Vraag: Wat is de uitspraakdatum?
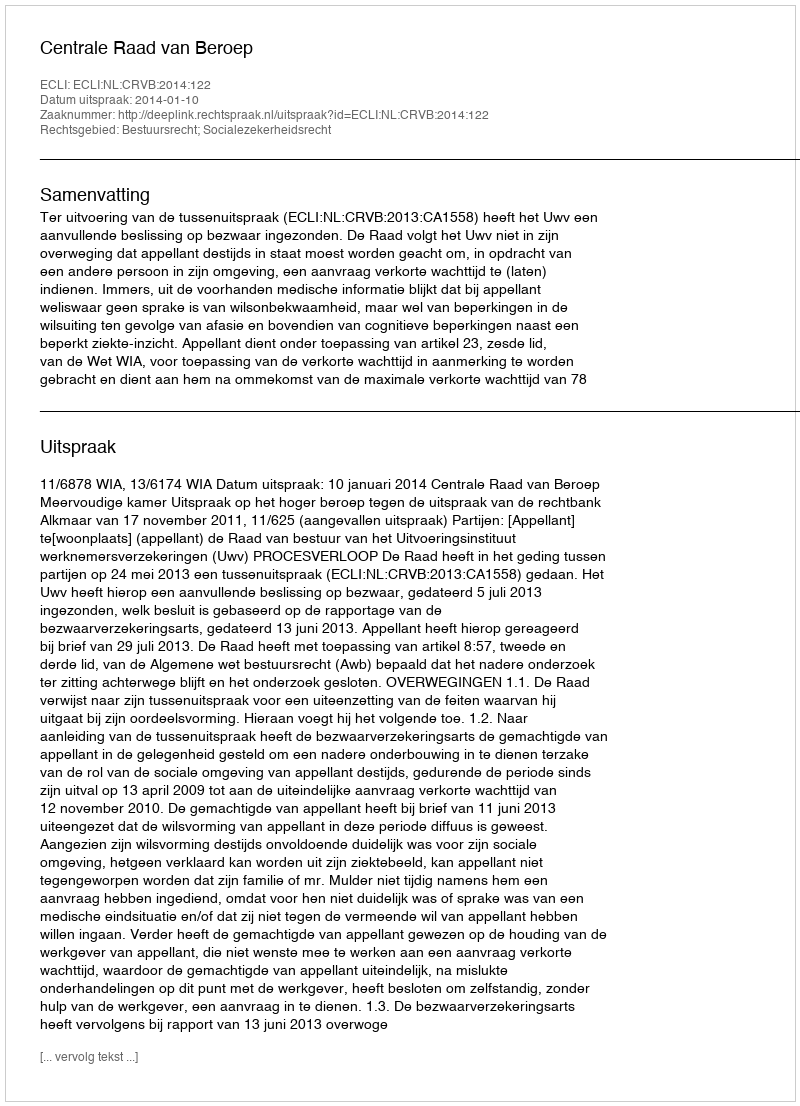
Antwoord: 2014-01-10